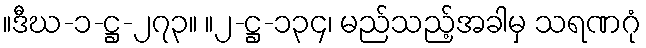
။ဒီဃ-၁-ဋ္ဌ-၂၇၃။ ။၂-ဋ္ဌ-၁၃၄၊ မည်သည့်အခါမှ သရဏဂုံ